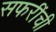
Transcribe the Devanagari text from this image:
सफरींची